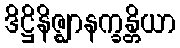
ဒိဋ္ဌိနိဇ္ဈာနက္ခန္တိယာ